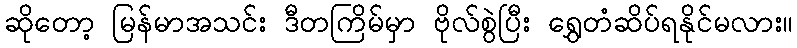
ဆိုတော့ မြန်မာအသင်း ဒီတကြိမ်မှာ ဗိုလ်စွဲပြီး ရွှေတံဆိပ်ရနိုင်မလား။